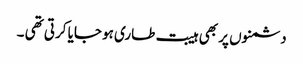
دشمنوں پر بھی ہیبت طاری ہو جایا کرتی تھی ۔